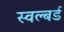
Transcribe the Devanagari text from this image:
स्वल्बर्ड